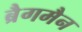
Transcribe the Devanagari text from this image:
ब्रैगमैन